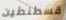
قسطنطين